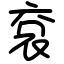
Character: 袞